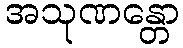
အသုဏန္တော